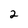
Character: 2